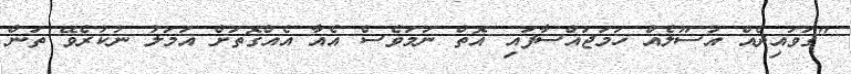
"ގަވައިދެއް އުސޫލެއް ހަމަޖައްސާފައި އޮތް ނަމަވެސް އެއާ އެއްގޮތަށް އަމަލު ނުކުރެވޭ ތަން